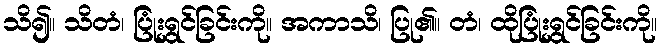
သိ၍။ သိတံ၊ ပြုံးရွှင်ခြင်းကို။ အကာသိ၊ ပြု၏။ တံ၊ ထိုပြုံးရွှင်ခြင်းကို။